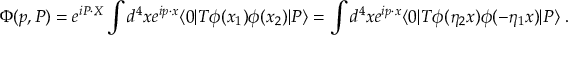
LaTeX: \Phi ( p , P ) = e ^ { i P \cdot X } \int d ^ { 4 } x e ^ { i p \cdot x } \langle 0 | T \phi ( x _ { 1 } ) \phi ( x _ { 2 } ) | P \rangle = \int d ^ { 4 } x e ^ { i p \cdot x } \langle 0 | T \phi ( \eta _ { 2 } x ) \phi ( - \eta _ { 1 } x ) | P \rangle \; .